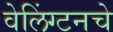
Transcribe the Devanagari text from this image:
वेलिंग्टनचे